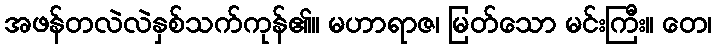
အဖန်တလဲလဲနှစ်သက်ကုန်၏။ မဟာရာဇ၊ မြတ်သော မင်းကြီး။ တေ၊